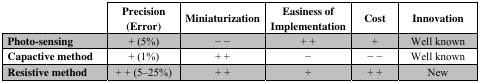
<table><thead><tr><td>[EMPTY_CELL]</td><td><b>Precision (Error)</b></td><td><b>Miniaturization</b></td><td><b>Easiness of Implementation</b></td><td><b>Cost</b></td><td><b>Innovation</b></td></tr></thead><tbody><tr><td><b>Photo-sensing</b></td><td>+ (5%)</td><td>− −</td><td>+ +</td><td>+</td><td>Well known</td></tr><tr><td><b>Capactive method</b></td><td>+ (1%)</td><td>+ +</td><td>−</td><td>− −</td><td>Well known</td></tr><tr><td><b>Resistive method</b></td><td>+ + (5–25%)</td><td>+ +</td><td>+</td><td>+ +</td><td>New</td></tr></tbody></table>